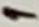
Text: 1